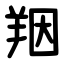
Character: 䍰